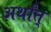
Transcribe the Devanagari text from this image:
अर्थांत्‌